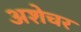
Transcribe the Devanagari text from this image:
अशेचर